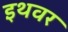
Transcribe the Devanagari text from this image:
इथवर